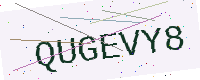
Text: QUGEVY8